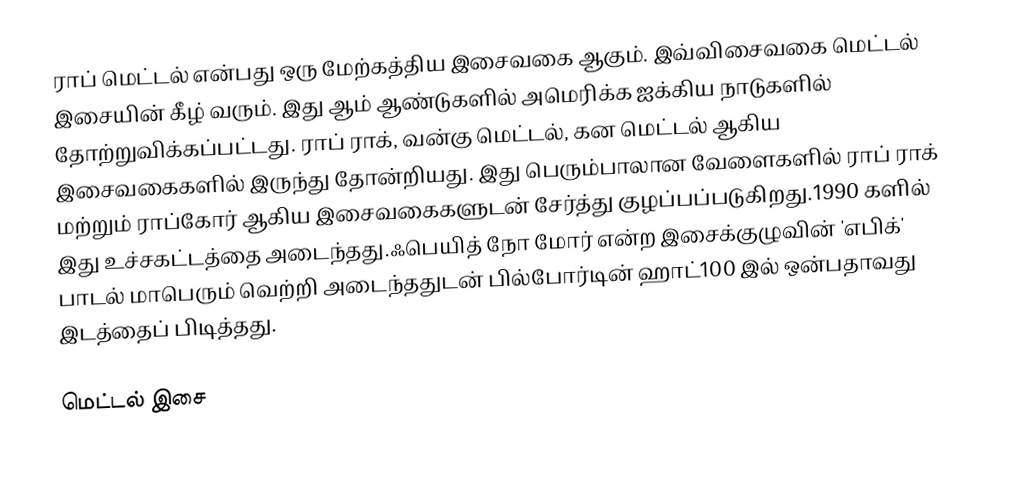
ராப் மெட்டல் என்பது ஒரு மேற்கத்திய இசைவகை ஆகும். இவ்விசைவகை மெட்டல் இசையின் கீழ் வரும். இது ஆம் ஆண்டுகளில் அமெரிக்க ஐக்கிய நாடுகளில் தோற்றுவிக்கப்பட்டது. ராப் ராக், வன்கு மெட்டல், கன மெட்டல் ஆகிய இசைவகைகளில் இருந்து தோன்றியது. இது பெரும்பாலான வேளைகளில் ராப் ராக் மற்றும் ராப்கோர் ஆகிய இசைவகைகளுடன் சேர்த்து குழப்பப்படுகிறது.1990 களில் இது உச்சகட்டத்தை அடைந்தது.ஃபெயித் நோ மோர் என்ற இசைக்குழுவின் 'எபிக்' பாடல் மாபெரும் வெற்றி அடைந்ததுடன் பில்போர்டின் ஹாட்100 இல் ஒன்பதாவது இடத்தைப் பிடித்தது.

மெட்டல் இசை